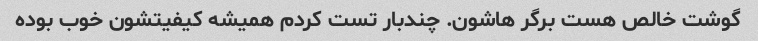
گوشت خالص هست برگر هاشون. چندبار تست کردم همیشه کیفیتشون خوب بوده